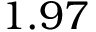
1 . 9 7